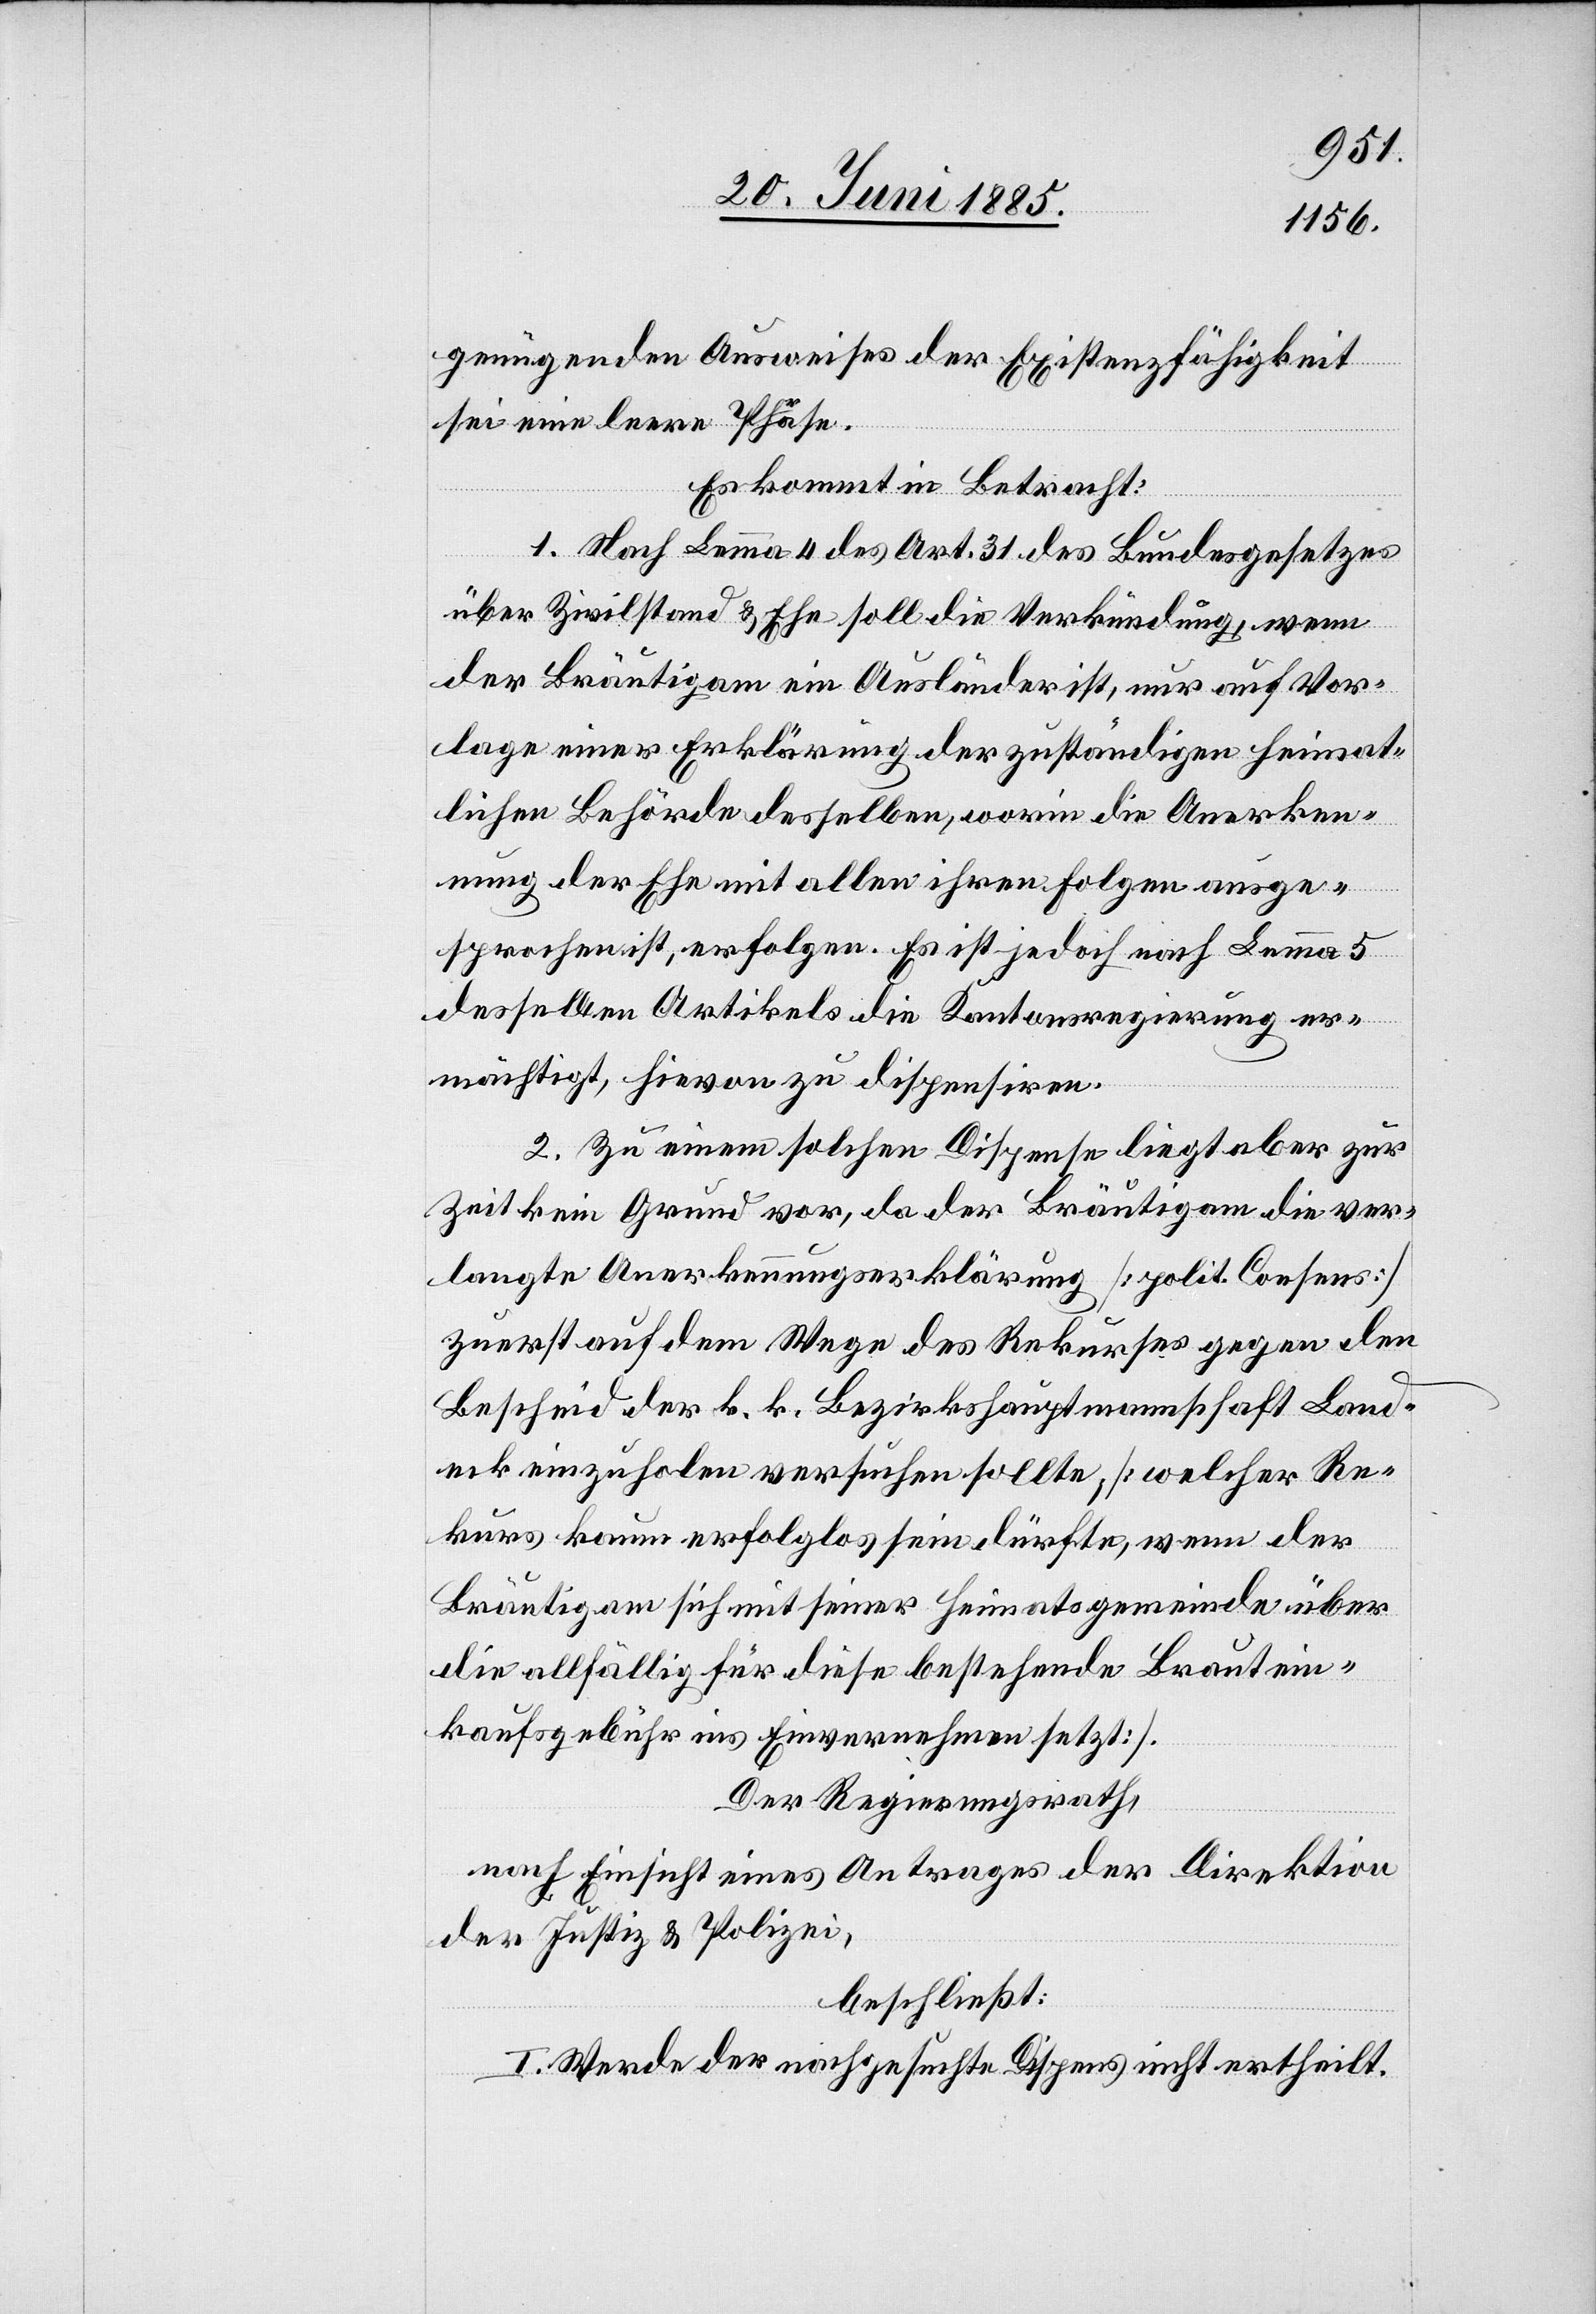
genügenden Ausweises der Existenzfähigkeit
sei eine leere Phrase.
Es kommt in Betracht:
heimat¬
ändigen
1. Nach Lemma 4 des Art. 31 des Bundesgesetzes
über Zivilstand & Ehe soll die Verkündung einer
lichen Behörde desselben, worin die Anerken¬
nung der Ehe mit allen ihren Folgen ausge¬
sprochen ist, erfolgen. Es ist jedoch nach Lemma 5
desselben Artikels die Kantonsregierung er¬
mächtigt, hievon zu dispensiren.
2. Zu einem solchen Dispense liegt aber zur
Zeit kein Grund vor, da der Bräutigam die ver¬
langte Anerkennungserklärung [polit. Consens]
zuerst auf dem Wege des Rekurses gegen den
Bescheid der k. k. Bezirkshauptmannschaft Land¬
eck einzuholen versuchen sollte; [welcher Re¬
kurs kaum erfolglos sein dürfte, wenn der
Bräutigam sich mit seiner Heimatsgemeinde über
die allfällig für diese bestehende Brautein¬
kaufsgebühr ins Einvernehmen setzt.].
Der Regierungsrath,
nach Einsicht eines Antrages der Direktion
der Justiz & Polizei,
beschließt:
I. Werde der nachgesuchte Dispens nicht ertheilt.